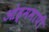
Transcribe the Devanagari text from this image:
ओह्ममापी